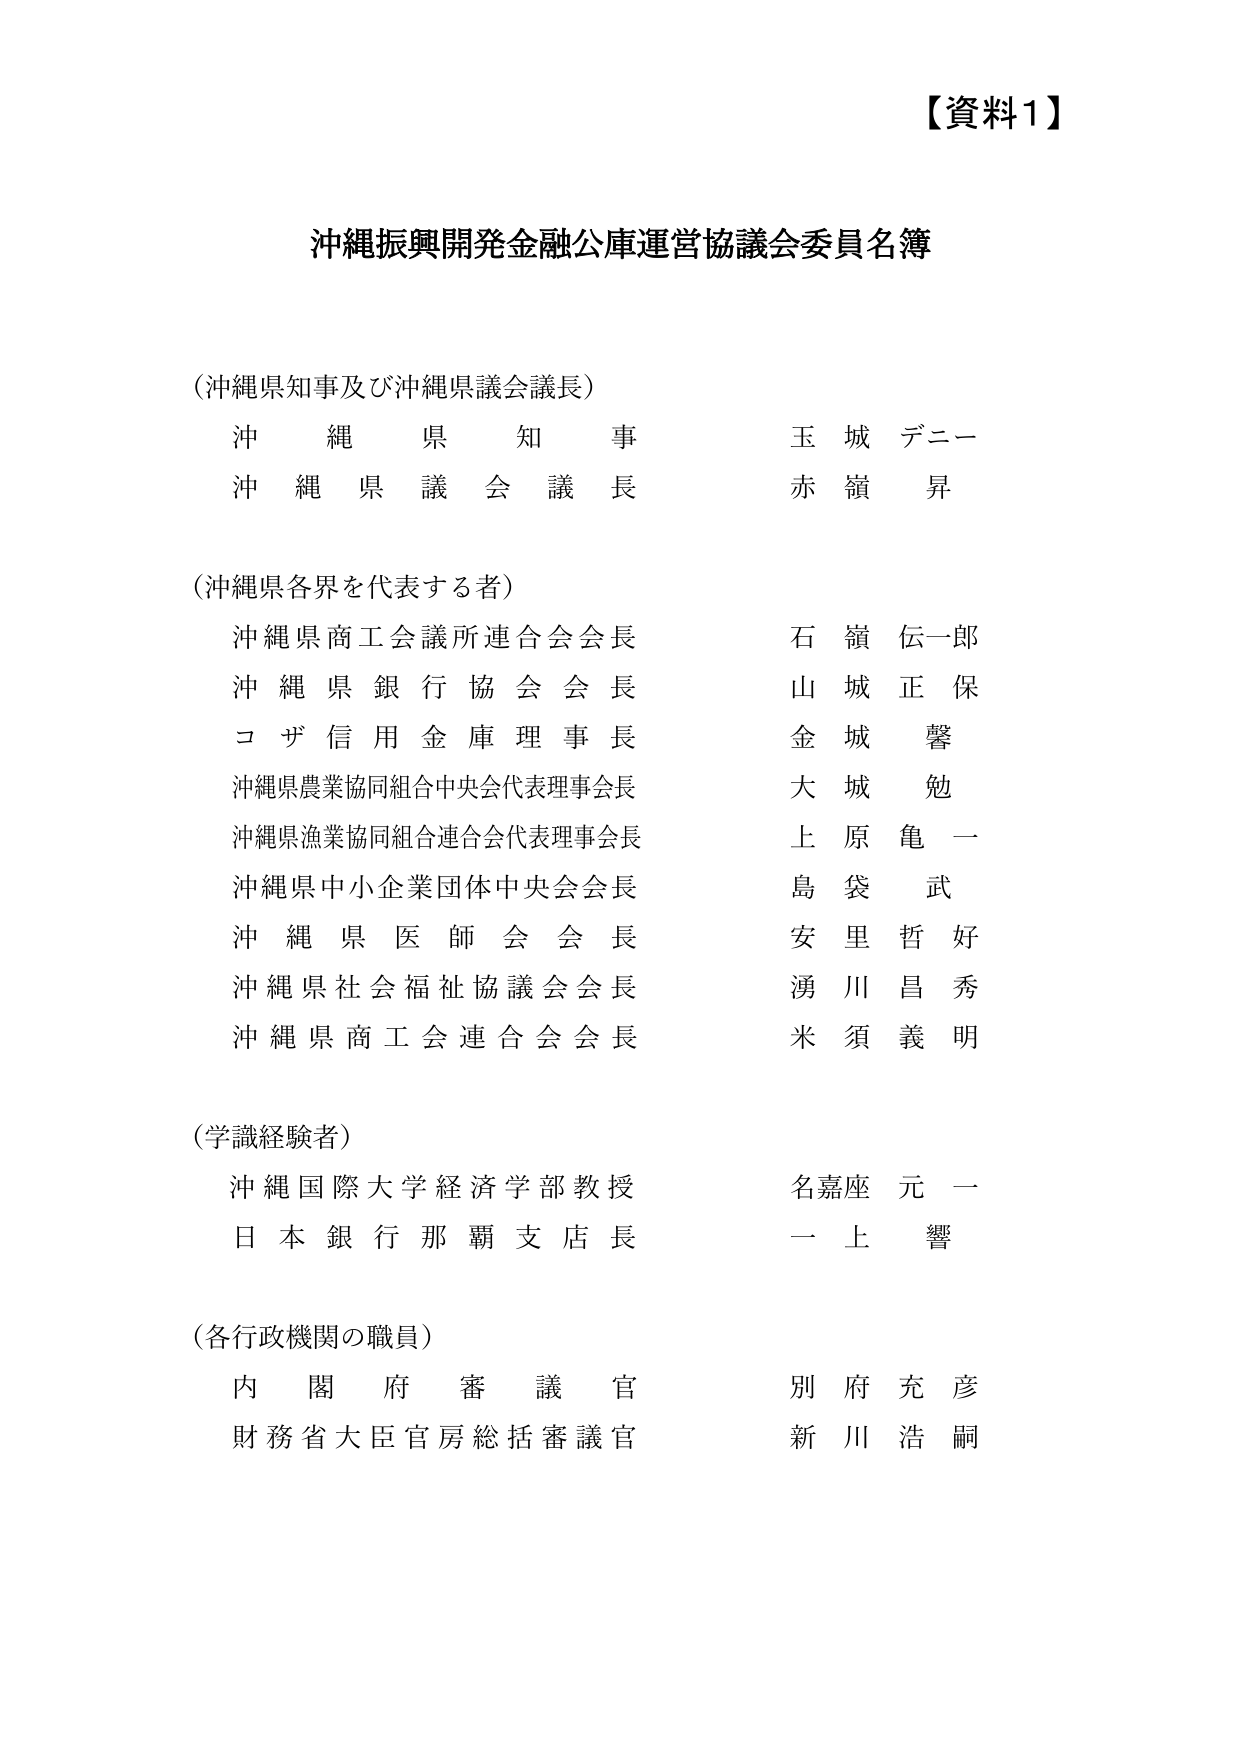
【資料1】

沖縄振興開発金融公庫運営協議会委員名簿

（沖縄県知事及び沖縄県議会議長）
沖縄県知事　　　　　　　　　玉城 デニー
沖縄県議会議長　　　　　　　赤嶺 昇

（沖縄県各界を代表する者）
沖縄県商工会議所連合会会長　石嶺 伝一郎
沖縄県銀行協会会長　　　　　山城 正保
コザ信用金庫理事長　　　　　金城 馨
沖縄県農業協同組合中央会代表理事会長　大城 勉
沖縄県漁業協同組合連合会代表理事会長　上原 亀一
沖縄県中小企業団体中央会会長　島袋 武
沖縄県医師会会長　　　　　　安里 哲好
沖縄県社会福祉協議会会長　　湧川 昌秀
沖縄県商工会連合会会長　　米須 義明

（学識経験者）
沖縄国際大学経済学部教授　　名嘉座 元一
日本銀行那覇支店長　　　　　一上 響

（各行政機関の職員）
内閣府審議官　　　　　　　　別府 充彦
財務省大臣官房総括審議官　　新川 浩嗣